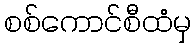
စစ်ကောင်စီထံမှ